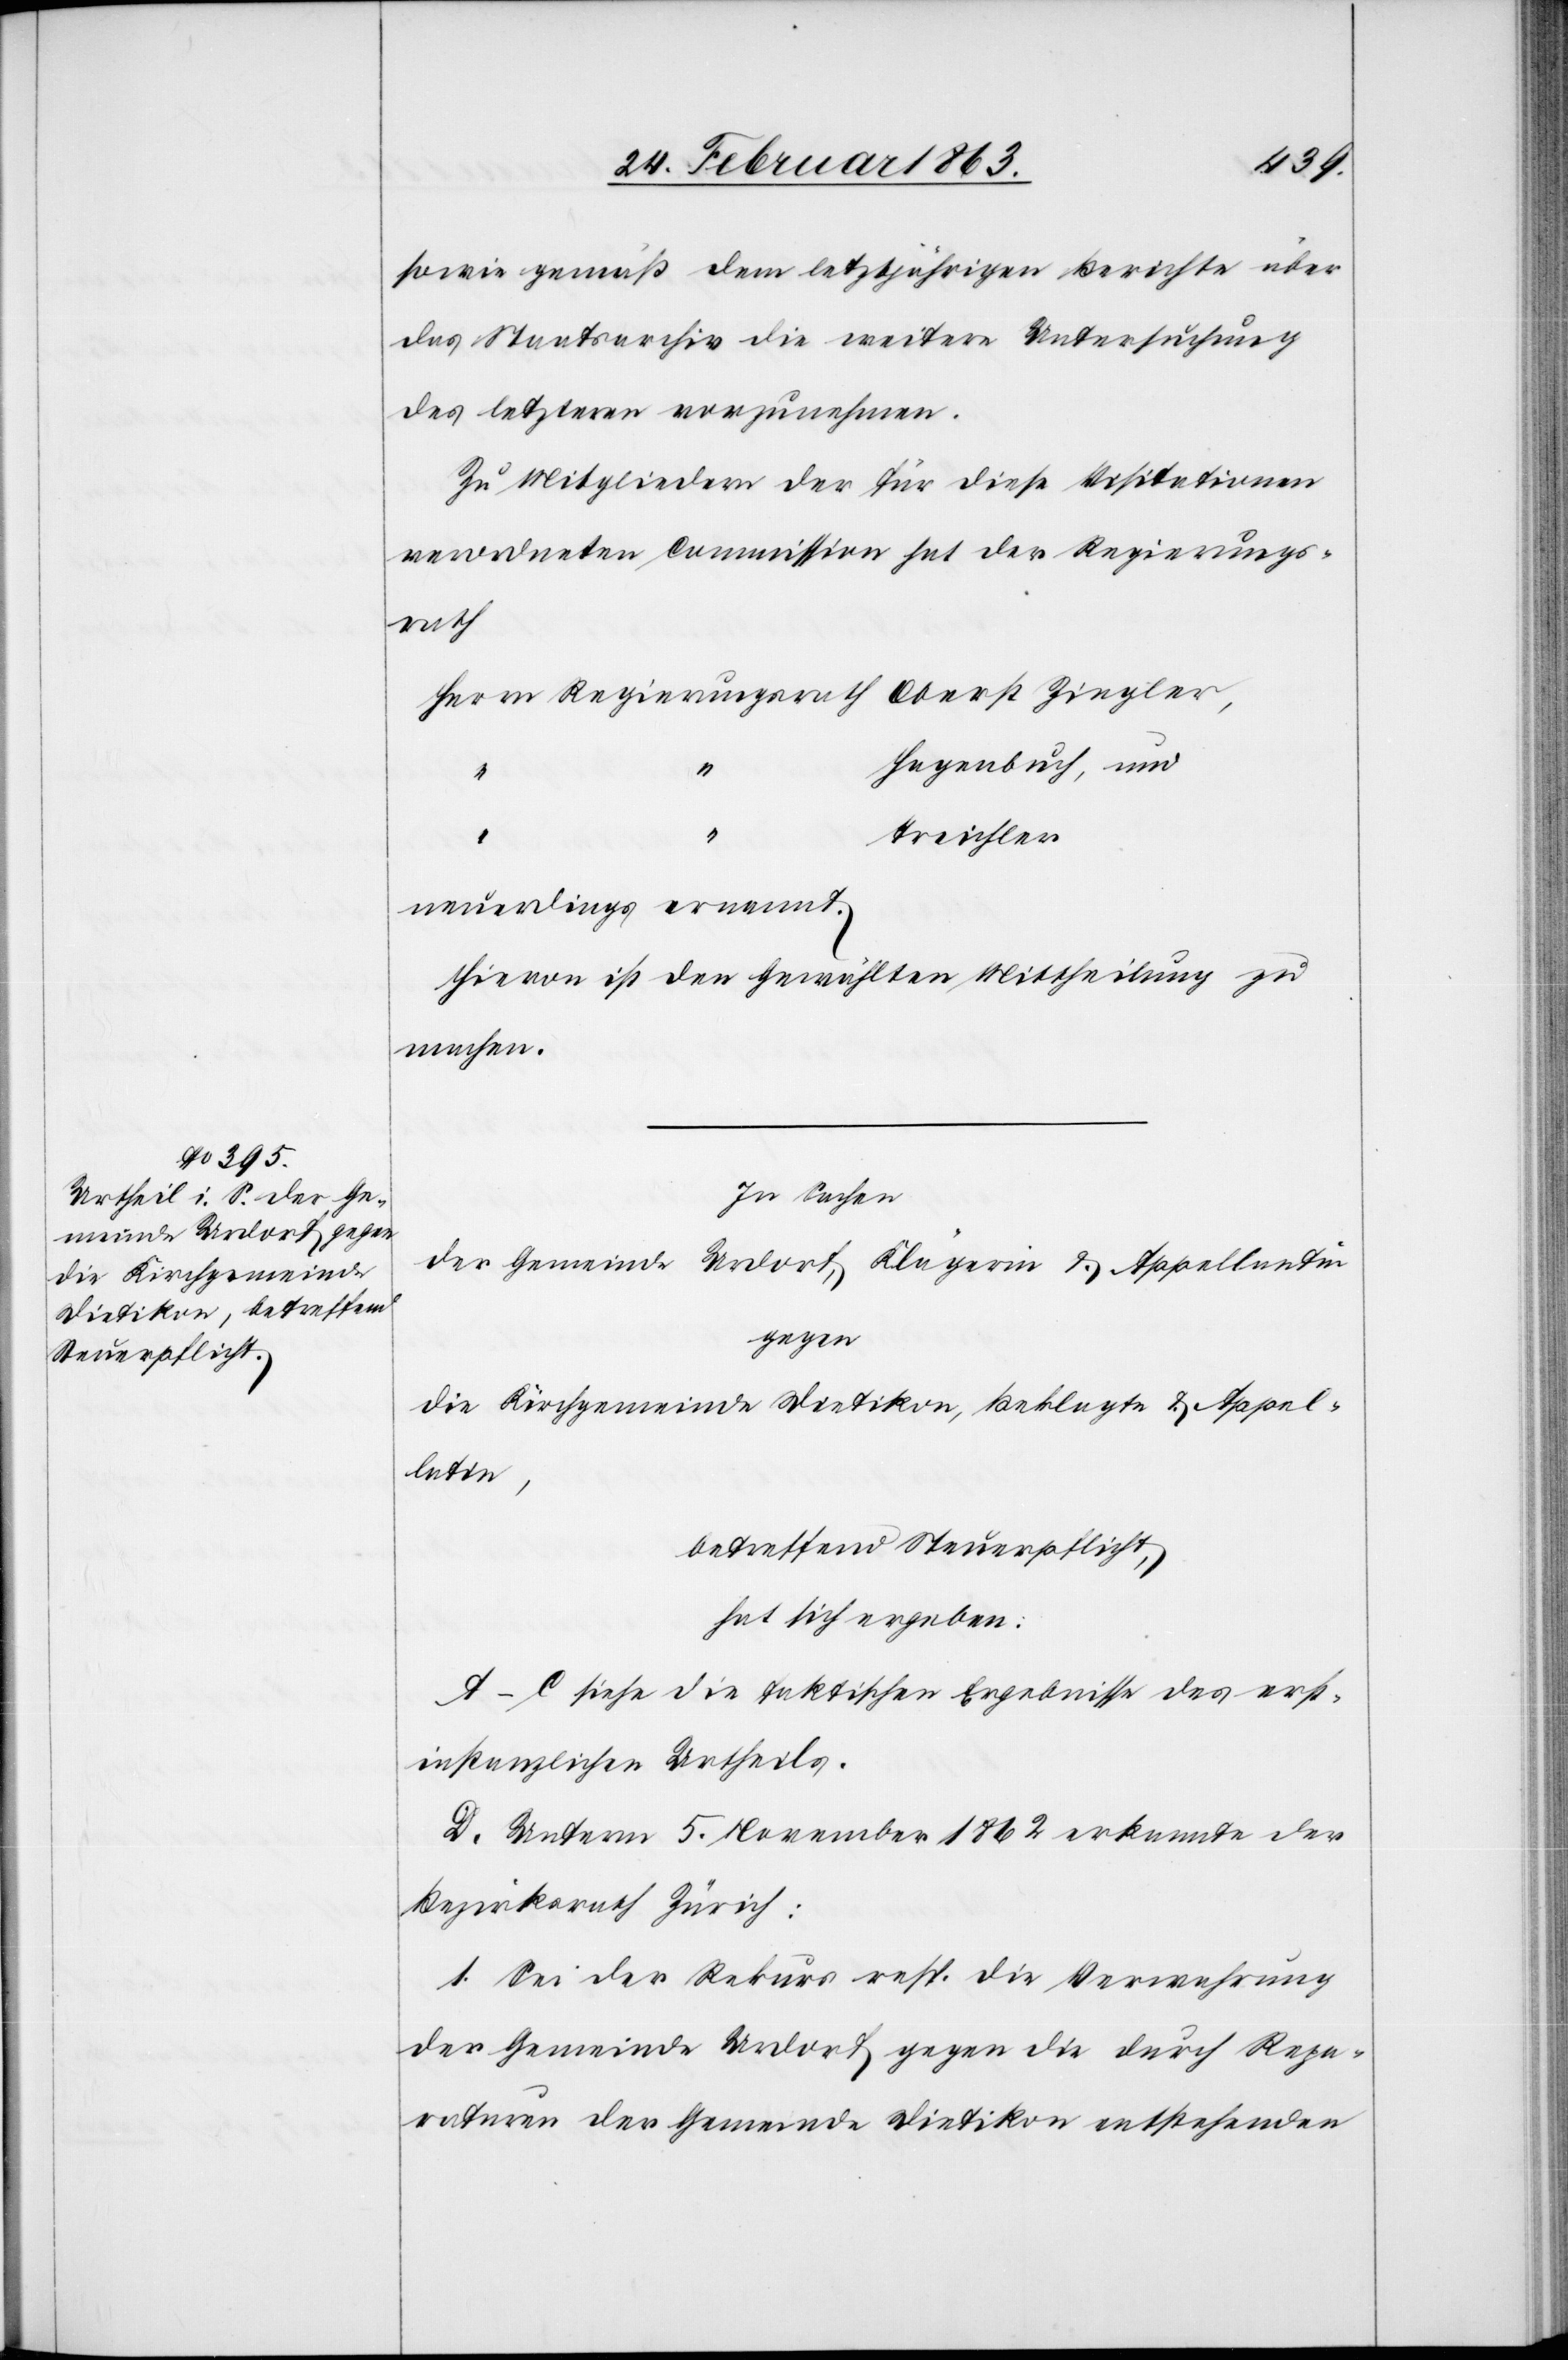
sowie gemäß dem letztjährigen Berichte über
das Staatsarchiv die weitere Untersuchung
des letzteren vorzunehmen.
Zu Mitgliedern der für diese Visitationen
verordneten Commission hat der Regierungs¬
rath
Herrn Regierungsrath Oberst Ziegler,
Hagenbuch, und
Treichler
neuerdings ernannt.
Hievon ist den Gewählten Mittheilung zu
machen.
In Sachen
der Gemeinde Urdorf, Klägerin & Appellantin
gegen
die Kirchgemeinde Dietikon, Beklagte & Appel¬
latin,
betreffend Steuerpflicht,
hat sich ergeben:
A–C siehe die faktischen Ergebnisse des erst¬
instanzlichen Urtheils.
D. Unterm 5. November 1862 erkannte der
Bezirksrath Zürich:
1. Sei der Rekurs resp. die Verwahrung
der Gemeinde Urdorf gegen die durch Repa¬
raturen der Gemeinde Dietikon entstehenden